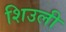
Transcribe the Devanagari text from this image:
शिउली